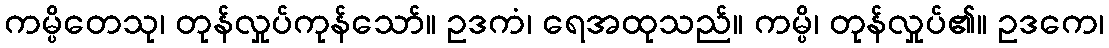
ကမ္ပိတေသု၊ တုန်လှုပ်ကုန်သော်။ ဥဒကံ၊ ရေအထုသည်။ ကမ္ပိ၊ တုန်လှုပ်၏။ ဥဒကေ၊